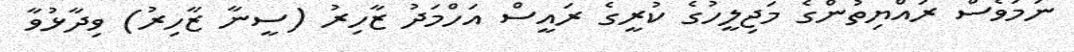
ނަމަވެސް ރައްޔިތުންގެ މަޖިލީހުގެ ކުރީގެ ރައީސް އަހްމަދު ޒާހިރު (ސީނާ ޒާހިރު) ވިދާޅުވާ